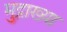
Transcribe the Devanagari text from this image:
मुद्राख्या